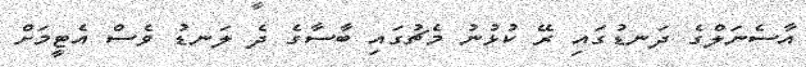
އާސެނަލްގެ ދަނޑުގައި ރޭ ކުޅުނު މެޗުގައި ބާސާގެ ދެ ލަނޑު ވެސް އެޓީމަށް